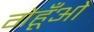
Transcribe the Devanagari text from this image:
गेहूँओं